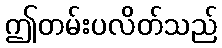
ဤတမ်းပလိတ်သည်